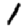
Digit: 1